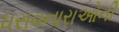
ધરાવનારાઓની